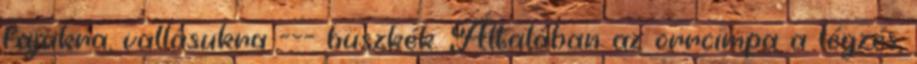
fajukra, vallásukra --- büszkék. Általában az orrcimpa a légzés,